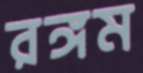
রঙ্গম